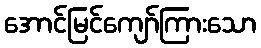
အောင်မြင်ကျော်ကြားသော